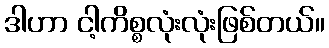
ဒါဟာ ငါ့ကိစ္စလုံးလုံးဖြစ်တယ်။